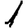
Digit: 1